Report on the lunatic asylums under the Government of Bombay - 1904-1913
Year: 1904
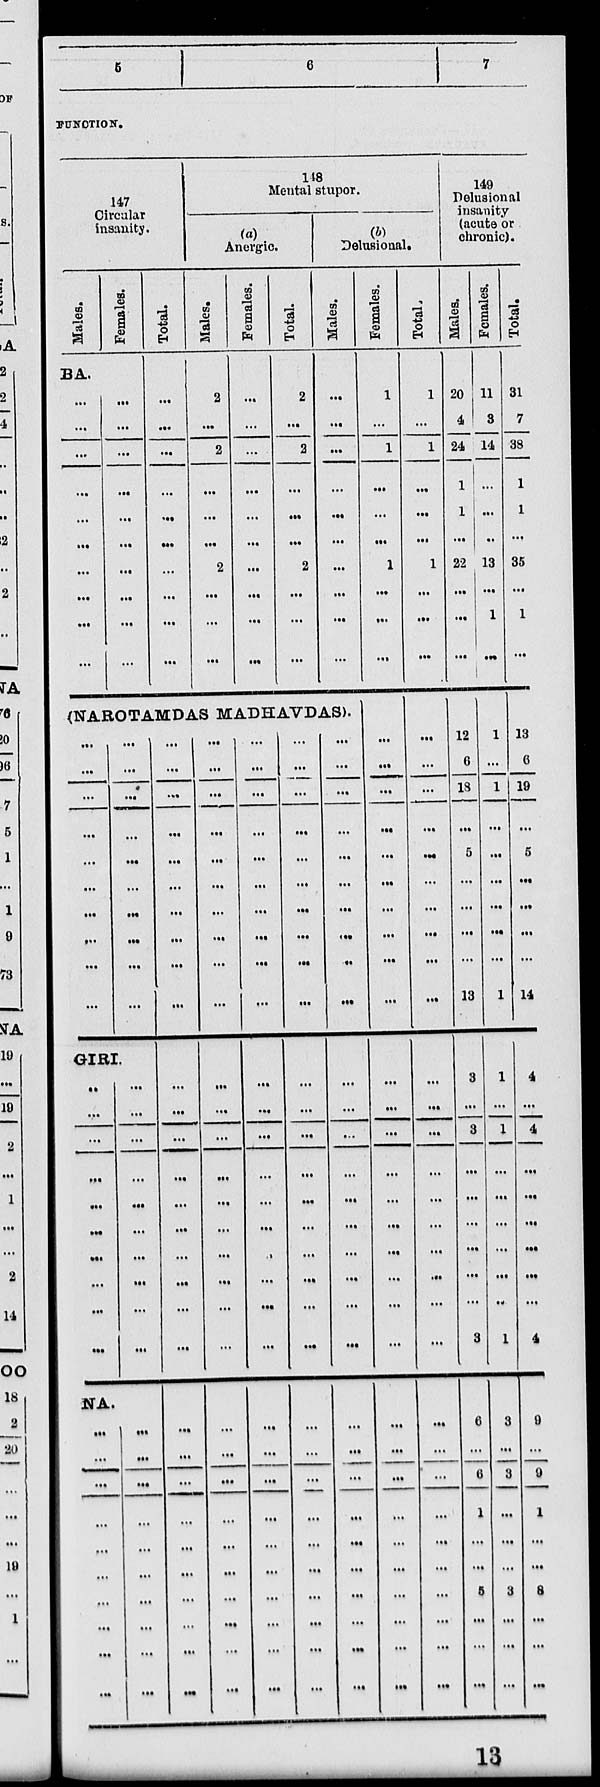
5
6
7
FUNCTION.
147
Circular
insanity.
Males.
Females.
BA.
...
...
...
...
...
...
...
...
...
...
...
...
...
...
...
...
...
...
...
...
Total.
...
...
...
...
...
...
...
...
...
...
148
Mental stupor.
(a)
Anergic
Males.
2
...
2
...
...
...
2
...
...
...
Females.
...
...
...
...
...
...
...
...
...
...
Total.
2
...
2
...
...
...
2
...
...
...
(b)
Delusional.
Males.
...
...
...
...
...
...
...
...
...
...
(NAROTAMDAS MADHAVDAS).
...
...
...
...
...
...
...
...
...
...
...
...
...
...
...
...
...
...
...
...
GIRI.
...
...
...
...
...
...
...
...
...
...
...
...
...
...
...
...
...
...
...
...
NA.
...
...
...
...
...
...
...
...
...
...
...
...
...
...
...
...
...
...
...
...
...
...
...
...
...
...
...
...
...
...
...
...
...
...
...
...
...
...
...
...
...
...
...
...
...
...
...
...
...
...
...
...
...
...
...
...
...
...
...
...
...
...
...
...
...
...
...
...
...
...
...
...
..
...
...
...
...
...
...
...
...
...
...
...
...
...
...
...
...
...
...
...
...
...
...
...
...
...
...
...
...
...
...
...
...
...
...
...
...
...
...
...
...
...
...
...
...
...
...
...
...
...
...
...
...
...
...
...
...
...
...
...
...
...
...
...
...
...
...
...
...
...
...
...
...
...
...
...
...
...
...
...
...
...
...
...
...
...
...
...
...
...
...
...
...
...
...
...
...
...
Females.
1
...
1
...
...
...
1
...
...
...
...
...
...
...
...
...
...
...
...
...
...
...
...
...
...
...
...
...
...
...
...
...
...
...
...
...
...
...
...
...
Total.
1
...
1
...
...
...
1
...
...
...
...
...
...
...
...
...
...
...
...
...
...
...
...
...
...
...
...
...
...
...
...
...
...
...
...
...
...
...
...
...
149
Delusional
insanity
(acute or
chronic).
Males.
20
4
24
1
1
...
22
...
...
...
12
6
18
...
5
...
...
...
...
13
3
...
3
...
...
...
...
...
...
3
6
...
6
1
...
...
5
...
...
...
Females.
11
3
14
...
...
...
13
...
1
...
1
...
1
...
...
...
...
...
...
1
1
...
1
...
...
...
...
...
...
1
3
...
3
...
...
...
3
...
...
...
Total.
31
7
38
1
1
...
35
...
1
...
13
6
19
...
5
..
...
...
...
14
4
...
4
...
...
...
...
...
...
4
9
...
9
1
...
...
8
...
...
...
13